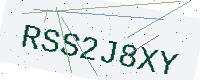
Text: RSS2J8XY